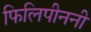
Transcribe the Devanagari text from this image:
फिलिपीननी